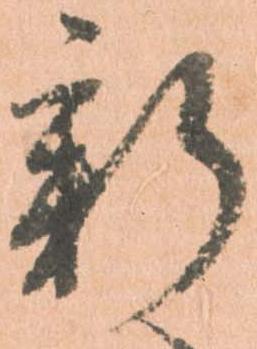
新